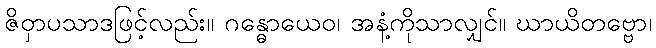
ဇိဝှာပသာဒဖြင့်လည်း။ ဂန္ဓောယေဝ၊ အနံ့ကိုသာလျှင်။ ဃာယိတဗ္ဗော၊